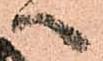
へ